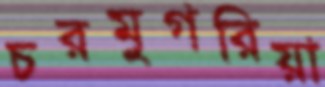
চরমুগরিয়া